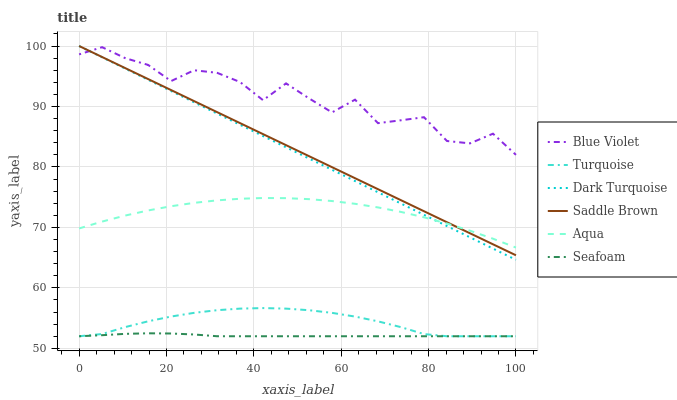
| xaxis_label | Blue Violet | Turquoise | Dark Turquoise | Saddle Brown | Aqua | Seafoam |
 | --- | --- | --- | --- | --- | --- | --- |
 | 0 | 98.6 | 52 | 100 | 100 | 69.8 | 52 |
 | 5.26 | 99.8 | 52.4 | 98.1 | 98.2 | 71 | 52.2 |
 | 10.5 | 98 | 53.5 | 96.3 | 96.4 | 72 | 52.4 |
 | 15.8 | 96.9 | 54.5 | 94.4 | 94.5 | 72.8 | 52.5 |
 | 21.1 | 94.2 | 55.3 | 92.6 | 92.7 | 73.5 | 52.5 |
 | 26.3 | 96 | 55.9 | 90.7 | 90.9 | 74.1 | 52.3 |
 | 31.6 | 95.6 | 56.3 | 88.8 | 89.1 | 74.5 | 52 |
 | 36.8 | 94 | 56.6 | 87 | 87.2 | 74.7 | 52 |
 | 42.1 | 91 | 56.7 | 85.1 | 85.4 | 74.9 | 52 |
 | 47.4 | 93.8 | 56.6 | 83.3 | 83.6 | 74.8 | 52 |
 | 52.6 | 91.3 | 56.3 | 81.4 | 81.8 | 74.7 | 52 |
 | 57.9 | 89 | 55.9 | 79.5 | 80 | 74.4 | 52 |
 | 63.2 | 91.1 | 55.3 | 77.7 | 78.1 | 73.9 | 52 |
 | 68.4 | 87.2 | 54.5 | 75.8 | 76.3 | 73.3 | 52 |
 | 73.7 | 87.7 | 53.5 | 73.9 | 74.5 | 72.6 | 52 |
 | 78.9 | 88.2 | 52.4 | 72.1 | 72.7 | 71.7 | 52 |
 | 84.2 | 84.3 | 52 | 70.2 | 70.9 | 70.6 | 52 |
 | 89.5 | 83.9 | 52 | 68.4 | 69 | 69.5 | 52 |
 | 94.7 | 85.5 | 52 | 66.5 | 67.2 | 68.1 | 52 |
 | 100 | 82 | 52 | 64.6 | 65.4 | 66.7 | 52 |